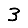
Digit: 3